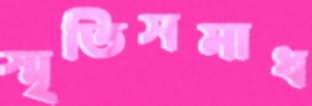
স্মৃতিসমাধ